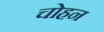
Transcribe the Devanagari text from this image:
चोहन